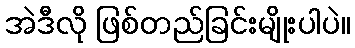
အဲဒီလို ဖြစ်တည်ခြင်းမျိုးပါပဲ။